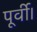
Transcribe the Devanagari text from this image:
पूर्वी।